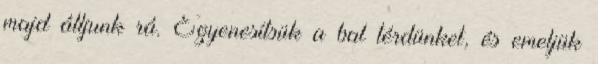
majd álljunk rá. Egyenesítsük a bal térdünket, és emeljük